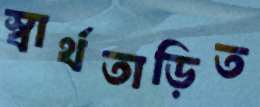
স্বার্থতাড়িত